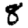
Digit: 8